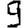
Digit: 9